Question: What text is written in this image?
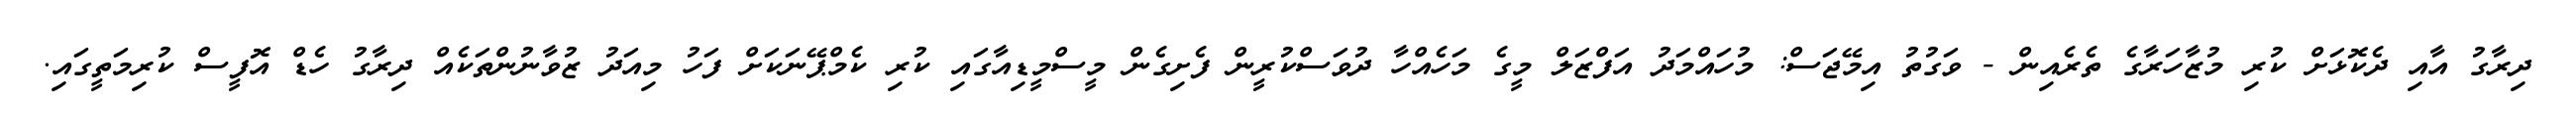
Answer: ދިރާގު އާއި ދެކޮޅަށް ކުރި މުޒާހަރާގެ ތެރެއިން - ވަގުތު އިމޭޖަސް: މުހައްމަދު އަފްޒަލް މީގެ މަހެއްހާ ދުވަސްކުރީން ފެށިގެން މީސްމީޑިއާގައި ކުރި ކެމްޕޭނަކަށް ފަހު މިއަދު ޒުވާނުންތަކެއް ދިރާގު ހެޑް އޮފީސް ކުރިމަތީގައި.